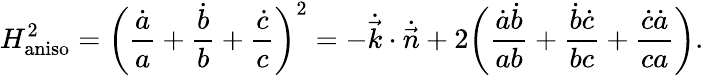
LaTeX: H_{\mathrm{aniso}}^{2}=\bigg(\frac{\dot{a}}{a}+\frac{\dot{b}}{b}+\frac{\dot{c}}{c}\bigg)^{2}=-\dot{\vec{k}}\cdot\dot{\vec{n}}+2\bigg(\frac{\dot{a}\dot{b}}{ab}+\frac{\dot{b}\dot{c}}{bc}+\frac{\dot{c}\dot{a}}{ca}\bigg).